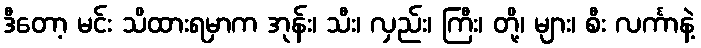
ဒီတော့ မင်း သိထားရမှာက အုန်း၊ သီး၊ လှည်း၊ ကြီး၊ တို့၊ များ၊ စီး လင်္ကာနဲ့